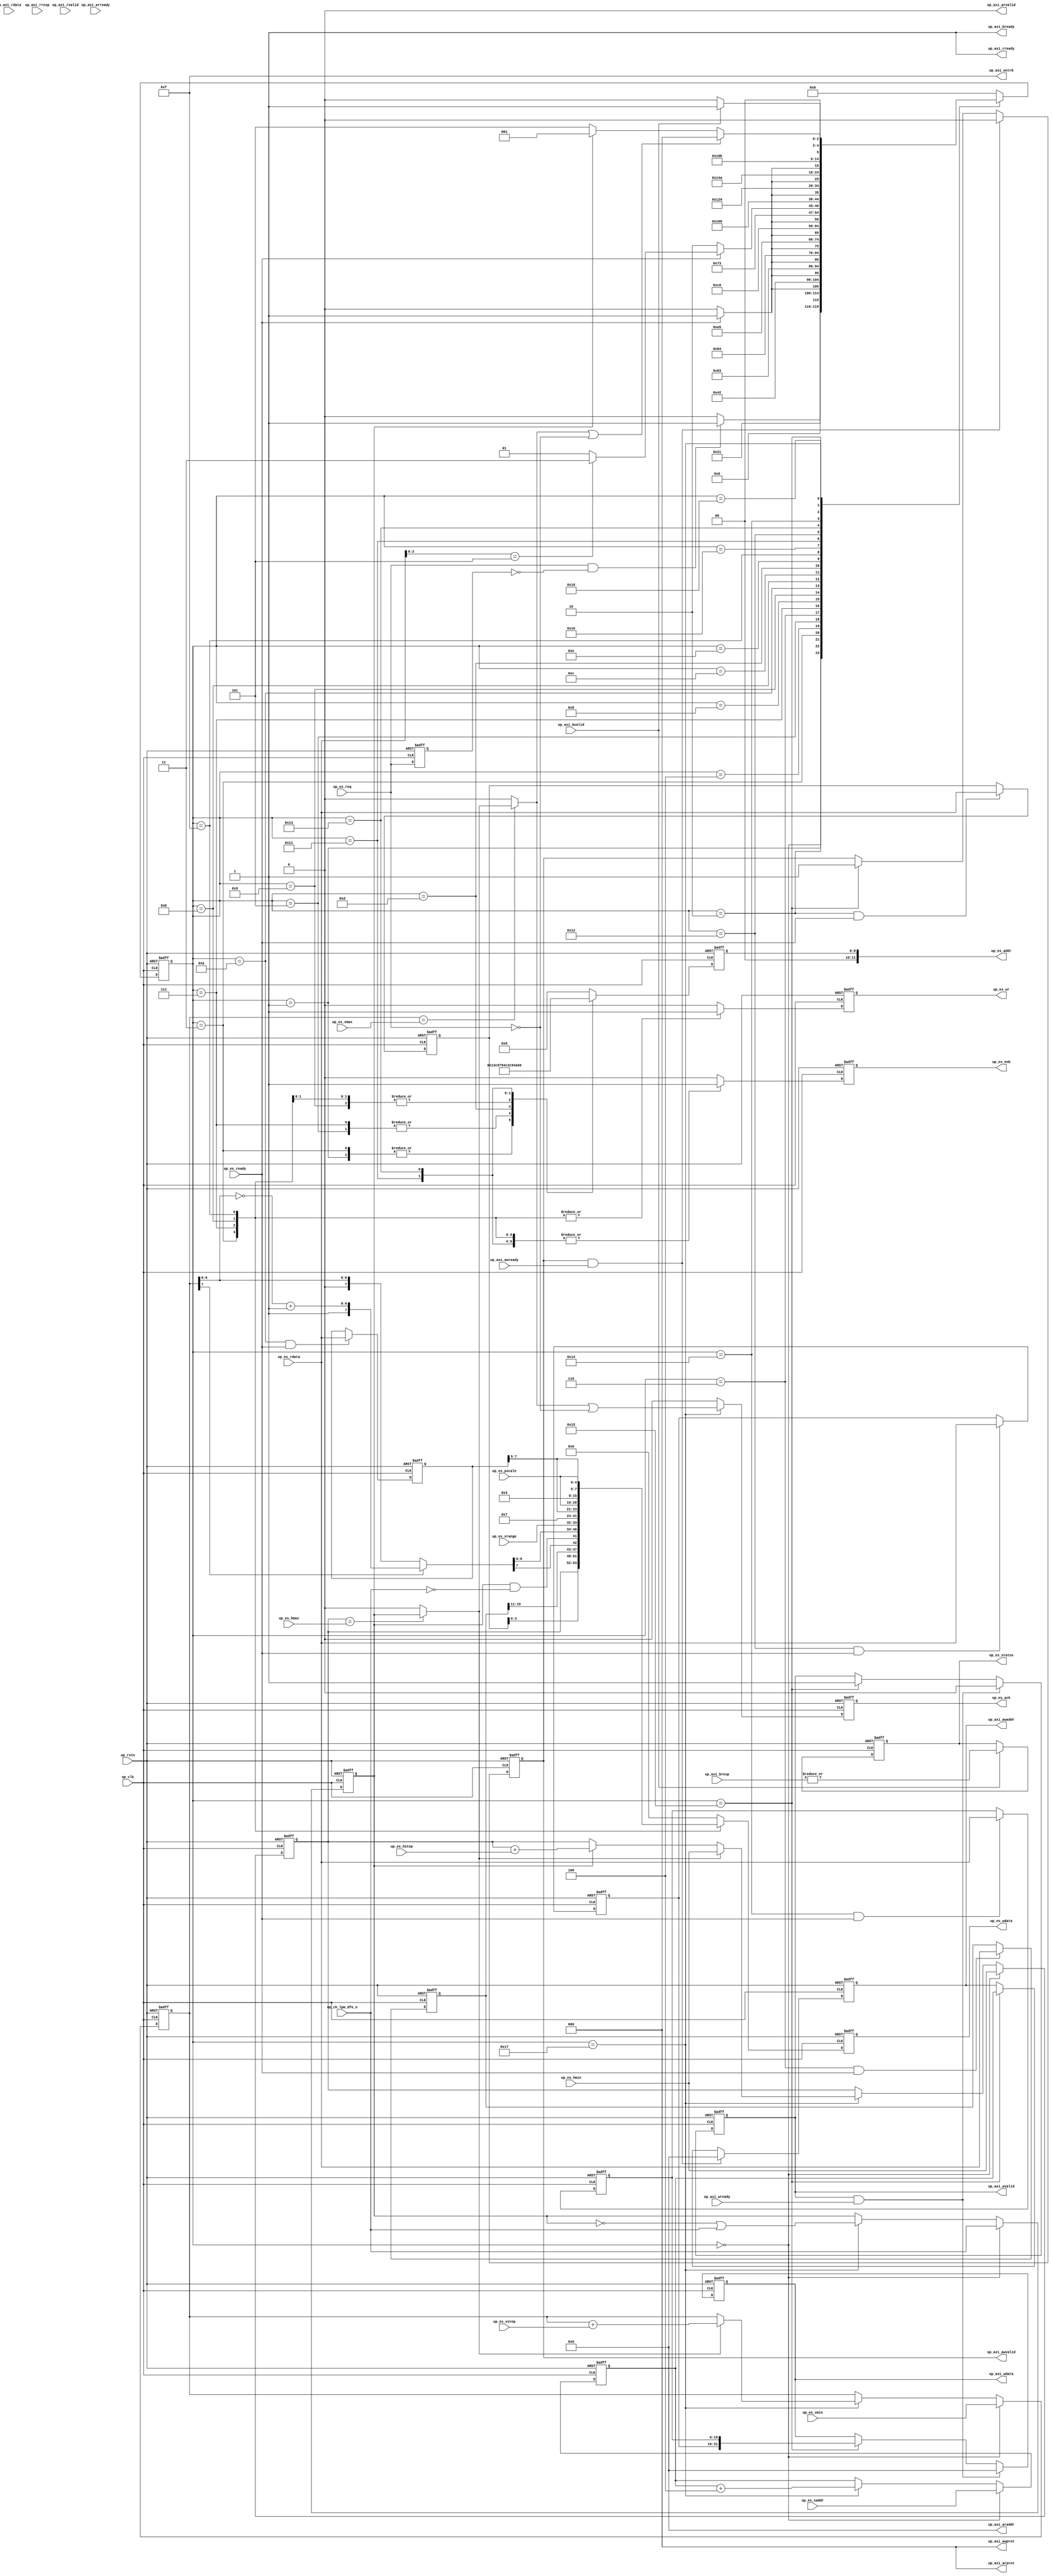
// ***************************************************************************
// ***************************************************************************
// Copyright (C) 2014-2023 Analog Devices, Inc. All rights reserved.
//
// In this HDL repository, there are many different and unique modules, consisting
// of various HDL (Verilog or VHDL) components. The individual modules are
// developed independently, and may be accompanied by separate and unique license
// terms.
//
// The user should read each of these license terms, and understand the
// freedoms and responsibilities that he or she has by using this source/core.
//
// This core is distributed in the hope that it will be useful, but WITHOUT ANY
// WARRANTY; without even the implied warranty of MERCHANTABILITY or FITNESS FOR
// A PARTICULAR PURPOSE.
//
// Redistribution and use of source or resulting binaries, with or without modification
// of this file, are permitted under one of the following two license terms:
//
//   1. The GNU General Public License version 2 as published by the
//      Free Software Foundation, which can be found in the top level directory
//      of this repository (LICENSE_GPL2), and also online at:
//      <https://www.gnu.org/licenses/old-licenses/gpl-2.0.html>
//
// OR
//
//   2. An ADI specific BSD license, which can be found in the top level directory
//      of this repository (LICENSE_ADIBSD), and also on-line at:
//      https://github.com/analogdevicesinc/hdl/blob/master/LICENSE_ADIBSD
//      This will allow to generate bit files and not release the source code,
//      as long as it attaches to an ADI device.
//
// ***************************************************************************
// ***************************************************************************

`timescale 1ns/100ps

module axi_adxcvr_es (

  // up interface

  input           up_rstn,
  input           up_clk,
  output          up_es_enb,
  output  [11:0]  up_es_addr,
  output          up_es_wr,
  output  [15:0]  up_es_wdata,
  input   [15:0]  up_es_rdata,
  input           up_es_ready,
  input           up_ch_lpm_dfe_n,
  input           up_es_req,
  output          up_es_ack,
  input   [ 4:0]  up_es_pscale,
  input   [ 1:0]  up_es_vrange,
  input   [ 7:0]  up_es_vstep,
  input   [ 7:0]  up_es_vmax,
  input   [ 7:0]  up_es_vmin,
  input   [11:0]  up_es_hmax,
  input   [11:0]  up_es_hmin,
  input   [11:0]  up_es_hstep,
  input   [31:0]  up_es_saddr,
  output          up_es_status,

  // axi interface

  output          up_axi_awvalid,
  output  [31:0]  up_axi_awaddr,
  output  [ 2:0]  up_axi_awprot,
  input           up_axi_awready,
  output          up_axi_wvalid,
  output  [31:0]  up_axi_wdata,
  output  [ 3:0]  up_axi_wstrb,
  input           up_axi_wready,
  input           up_axi_bvalid,
  input   [ 1:0]  up_axi_bresp,
  output          up_axi_bready,
  output          up_axi_arvalid,
  output  [31:0]  up_axi_araddr,
  output  [ 2:0]  up_axi_arprot,
  input           up_axi_arready,
  input           up_axi_rvalid,
  input   [31:0]  up_axi_rdata,
  input   [ 1:0]  up_axi_rresp,
  output          up_axi_rready
);

  // parameters

  parameter   integer XCVR_TYPE = 0;
  parameter   integer TX_OR_RX_N = 0;

  // local parameters

  localparam GTXE2 = 2;
  localparam GTHE3 = 5;
  localparam GTHE4 = 8;
  localparam GTYE4 = 9;

  // addresses

  localparam  [11:0]  ES_DRP_CTRL_ADDR    = (XCVR_TYPE == GTXE2) ? 12'h03d : (XCVR_TYPE == GTHE3) ? 12'h03c : 12'h03c;
  localparam  [11:0]  ES_DRP_HOFFSET_ADDR = (XCVR_TYPE == GTXE2) ? 12'h03c : (XCVR_TYPE == GTHE3) ? 12'h04f : 12'h04f;
  localparam  [11:0]  ES_DRP_VOFFSET_ADDR = (XCVR_TYPE == GTXE2) ? 12'h03b : (XCVR_TYPE == GTHE3) ? 12'h097 : 12'h097;
  localparam  [11:0]  ES_DRP_STATUS_ADDR  = (XCVR_TYPE == GTXE2) ? 12'h151 : (XCVR_TYPE == GTHE3) ? 12'h153 : 12'h253;
  localparam  [11:0]  ES_DRP_SCNT_ADDR    = (XCVR_TYPE == GTXE2) ? 12'h150 : (XCVR_TYPE == GTHE3) ? 12'h152 : 12'h252;
  localparam  [11:0]  ES_DRP_ECNT_ADDR    = (XCVR_TYPE == GTXE2) ? 12'h14f : (XCVR_TYPE == GTHE3) ? 12'h151 : 12'h251;

  // fsm-states

  localparam  [ 4:0]  ES_FSM_IDLE             = 6'h00;
  localparam  [ 4:0]  ES_FSM_HOFFSET_READ     = 6'h01;
  localparam  [ 4:0]  ES_FSM_HOFFSET_RRDY     = 6'h02;
  localparam  [ 4:0]  ES_FSM_HOFFSET_WRITE    = 6'h03;
  localparam  [ 4:0]  ES_FSM_HOFFSET_WRDY     = 6'h04;
  localparam  [ 4:0]  ES_FSM_VOFFSET_READ     = 6'h05;
  localparam  [ 4:0]  ES_FSM_VOFFSET_RRDY     = 6'h06;
  localparam  [ 4:0]  ES_FSM_VOFFSET_WRITE    = 6'h07;
  localparam  [ 4:0]  ES_FSM_VOFFSET_WRDY     = 6'h08;
  localparam  [ 4:0]  ES_FSM_CTRL_READ        = 6'h09;
  localparam  [ 4:0]  ES_FSM_CTRL_RRDY        = 6'h0a;
  localparam  [ 4:0]  ES_FSM_START_WRITE      = 6'h0b;
  localparam  [ 4:0]  ES_FSM_START_WRDY       = 6'h0c;
  localparam  [ 4:0]  ES_FSM_STATUS_READ      = 6'h0d;
  localparam  [ 4:0]  ES_FSM_STATUS_RRDY      = 6'h0e;
  localparam  [ 4:0]  ES_FSM_STOP_WRITE       = 6'h0f;
  localparam  [ 4:0]  ES_FSM_STOP_WRDY        = 6'h10;
  localparam  [ 4:0]  ES_FSM_SCNT_READ        = 6'h11;
  localparam  [ 4:0]  ES_FSM_SCNT_RRDY        = 6'h12;
  localparam  [ 4:0]  ES_FSM_ECNT_READ        = 6'h13;
  localparam  [ 4:0]  ES_FSM_ECNT_RRDY        = 6'h14;
  localparam  [ 4:0]  ES_FSM_AXI_WRITE        = 6'h15;
  localparam  [ 4:0]  ES_FSM_AXI_READY        = 6'h16;
  localparam  [ 4:0]  ES_FSM_UPDATE           = 6'h17;

  // internal registers

  reg             up_awvalid = 'd0;
  reg     [31:0]  up_awaddr = 'd0;
  reg             up_wvalid = 'd0;
  reg     [31:0]  up_wdata = 'd0;
  reg             up_status = 'd0;
  reg             up_ut = 'd0;
  reg     [31:0]  up_daddr = 'd0;
  reg     [11:0]  up_hindex = 'd0;
  reg     [ 7:0]  up_vindex = 'd0;
  reg     [15:0]  up_hdata = 'd0;
  reg     [15:0]  up_vdata = 'd0;
  reg     [15:0]  up_cdata = 'd0;
  reg     [15:0]  up_sdata = 'd0;
  reg     [15:0]  up_edata = 'd0;
  reg             up_req_d = 'd0;
  reg             up_ack = 'd0;
  reg     [ 4:0]  up_fsm = 'd0;
  reg             up_enb = 'd0;
  reg     [11:0]  up_addr = 'd0;
  reg             up_wr = 'd0;
  reg     [15:0]  up_data = 'd0;

  // internal signals

  wire            up_heos_s;
  wire            up_eos_s;
  wire            up_ut_s;
  wire    [ 7:0]  up_vindex_m_s;
  wire    [ 7:0]  up_vindex_n_s;
  wire    [ 7:0]  up_vindex_s;
  wire            up_start_s;

  // axi interface

  generate
  if (TX_OR_RX_N == 1) begin
  assign up_axi_awvalid = 1'b0;
  assign up_axi_awaddr = 32'd0;
  assign up_axi_awprot = 3'd0;
  assign up_axi_wvalid = 1'b0;
  assign up_axi_wdata = 32'd0;
  assign up_axi_wstrb = 4'hf;
  assign up_axi_bready = 1'b1;
  assign up_axi_arvalid = 1'b0;
  assign up_axi_araddr = 32'd0;
  assign up_axi_arprot = 3'd0;
  assign up_axi_rready = 1'b1;
  end else begin
  assign up_axi_awvalid = up_awvalid;
  assign up_axi_awaddr = up_awaddr;
  assign up_axi_awprot = 3'd0;
  assign up_axi_wvalid = up_wvalid;
  assign up_axi_wdata = up_wdata;
  assign up_axi_wstrb = 4'hf;
  assign up_axi_bready = 1'b1;
  assign up_axi_arvalid = 1'b0;
  assign up_axi_araddr = 32'd0;
  assign up_axi_arprot = 3'd0;
  assign up_axi_rready = 1'b1;
  end
  endgenerate

  // reconfig interface

  generate
  if (TX_OR_RX_N == 1) begin
  assign up_es_ack = 1'b1;
  assign up_es_enb = 1'b0;
  assign up_es_addr = 12'd0;
  assign up_es_wr = 1'd0;
  assign up_es_wdata = 16'd0;
  assign up_es_status = 1'd0;
  end else begin
  assign up_es_ack = up_ack;
  assign up_es_enb = up_enb;
  assign up_es_addr = up_addr;
  assign up_es_wr = up_wr;
  assign up_es_wdata = up_data;
  assign up_es_status = up_status;
  end
  endgenerate

  // axi write

  always @(negedge up_rstn or posedge up_clk) begin
    if (up_rstn == 0) begin
      up_awvalid <= 'b0;
      up_awaddr <= 'd0;
      up_wvalid <= 'b0;
      up_wdata <= 'd0;
      up_status <= 'd0;
    end else begin
      if ((up_awvalid == 1'b1) && (up_axi_awready == 1'b1)) begin
        up_awvalid <= 1'b0;
        up_awaddr <= 32'd0;
      end else if (up_fsm == ES_FSM_AXI_WRITE) begin
        up_awvalid <= 1'b1;
        up_awaddr <= up_daddr;
      end
      if ((up_wvalid == 1'b1) && (up_axi_wready == 1'b1)) begin
        up_wvalid <= 1'b0;
        up_wdata <= 32'd0;
      end else if (up_fsm == ES_FSM_AXI_WRITE) begin
        up_wvalid <= 1'b1;
        up_wdata <= {up_sdata, up_edata};
      end
      if (up_axi_bvalid == 1'b1) begin
        up_status <= | up_axi_bresp;
      end
    end
  end

  // prescale, horizontal and vertical offsets

  assign up_heos_s = (up_hindex == up_es_hmax) ? up_ut : 1'b0;
  assign up_eos_s = (up_vindex == up_es_vmax) ? up_heos_s : 1'b0;

  assign up_ut_s = up_ut & ~up_ch_lpm_dfe_n;
  assign up_vindex_m_s = ~up_vindex + 1'b1;
  assign up_vindex_n_s = {1'b1, up_vindex_m_s[6:0]};
  assign up_vindex_s = (up_vindex[7] == 1'b1) ? up_vindex_n_s : up_vindex;

  always @(negedge up_rstn or posedge up_clk) begin
    if (up_rstn == 1'b0) begin
      up_ut <= 'd0;
      up_daddr <= 'd0;
      up_hindex <= 'd0;
      up_vindex <= 'd0;
    end else begin
      if (up_fsm == ES_FSM_IDLE) begin
        up_ut <= up_ch_lpm_dfe_n;
        up_daddr <= up_es_saddr;
        up_hindex <= up_es_hmin;
        up_vindex <= up_es_vmin;
      end else if (up_fsm == ES_FSM_UPDATE) begin
        up_ut <= ~up_ut | up_ch_lpm_dfe_n;
        up_daddr <= up_daddr + 3'd4;
        if (up_heos_s == 1'b1) begin
          up_hindex <= up_es_hmin;
        end else if (up_ut == 1'b1) begin
          up_hindex <= up_hindex + up_es_hstep;
        end
        if (up_heos_s == 1'b1) begin
          up_vindex <= up_vindex + up_es_vstep;
        end
      end
    end
  end

  // read-modify-write

  always @(negedge up_rstn or posedge up_clk) begin
    if (up_rstn == 1'b0) begin
      up_hdata <= 'd0;
      up_vdata <= 'd0;
      up_cdata <= 'd0;
      up_sdata <= 'd0;
      up_edata <= 'd0;
    end else begin
      if ((up_fsm == ES_FSM_HOFFSET_RRDY) && (up_es_ready == 1'b1)) begin
        up_hdata <= up_es_rdata;
      end
      if ((up_fsm == ES_FSM_VOFFSET_RRDY) && (up_es_ready == 1'b1)) begin
        up_vdata <= up_es_rdata;
      end
      if ((up_fsm == ES_FSM_CTRL_RRDY) && (up_es_ready == 1'b1)) begin
        up_cdata <= up_es_rdata;
      end
      if ((up_fsm == ES_FSM_SCNT_RRDY) && (up_es_ready == 1'b1)) begin
        up_sdata <= up_es_rdata;
      end
      if ((up_fsm == ES_FSM_ECNT_RRDY) && (up_es_ready == 1'b1)) begin
        up_edata <= up_es_rdata;
      end
    end
  end

  // request, start and ack

  assign up_start_s = up_es_req & ~up_req_d;

  always @(negedge up_rstn or posedge up_clk) begin
    if (up_rstn == 1'b0) begin
      up_req_d <= 1'b0;
      up_ack <= 1'b0;
    end else begin
      up_req_d <= up_es_req;
      if (up_fsm == ES_FSM_UPDATE) begin
        up_ack <= up_eos_s | ~up_es_req;
      end else begin
        up_ack <= 1'b0;
      end
    end
  end

  // es-fsm

  always @(negedge up_rstn or posedge up_clk) begin
    if (up_rstn == 1'b0) begin
      up_fsm <= ES_FSM_IDLE;
    end else begin
      case (up_fsm)
        ES_FSM_IDLE: begin
          if (up_start_s == 1'b1) begin
            up_fsm <= ES_FSM_HOFFSET_READ;
          end else begin
            up_fsm <= ES_FSM_IDLE;
          end
        end
        ES_FSM_HOFFSET_READ: begin
          up_fsm <= ES_FSM_HOFFSET_RRDY;
        end
        ES_FSM_HOFFSET_RRDY: begin
          if (up_es_ready == 1'b1) begin
            up_fsm <= ES_FSM_HOFFSET_WRITE;
          end else begin
            up_fsm <= ES_FSM_HOFFSET_RRDY;
          end
        end
        ES_FSM_HOFFSET_WRITE: begin
          up_fsm <= ES_FSM_HOFFSET_WRDY;
        end
        ES_FSM_HOFFSET_WRDY: begin
          if (up_es_ready == 1'b1) begin
            up_fsm <= ES_FSM_VOFFSET_READ;
          end else begin
            up_fsm <= ES_FSM_HOFFSET_WRDY;
          end
        end
        ES_FSM_VOFFSET_READ: begin
          up_fsm <= ES_FSM_VOFFSET_RRDY;
        end
        ES_FSM_VOFFSET_RRDY: begin
          if (up_es_ready == 1'b1) begin
            up_fsm <= ES_FSM_VOFFSET_WRITE;
          end else begin
            up_fsm <= ES_FSM_VOFFSET_RRDY;
          end
        end
        ES_FSM_VOFFSET_WRITE: begin
          up_fsm <= ES_FSM_VOFFSET_WRDY;
        end
        ES_FSM_VOFFSET_WRDY: begin
          if (up_es_ready == 1'b1) begin
            up_fsm <= ES_FSM_CTRL_READ;
          end else begin
            up_fsm <= ES_FSM_VOFFSET_WRDY;
          end
        end
        ES_FSM_CTRL_READ: begin
          up_fsm <= ES_FSM_CTRL_RRDY;
        end
        ES_FSM_CTRL_RRDY: begin
          if (up_es_ready == 1'b1) begin
            up_fsm <= ES_FSM_START_WRITE;
          end else begin
            up_fsm <= ES_FSM_CTRL_RRDY;
          end
        end
        ES_FSM_START_WRITE: begin
          up_fsm <= ES_FSM_START_WRDY;
        end
        ES_FSM_START_WRDY: begin
          if (up_es_ready == 1'b1) begin
            up_fsm <= ES_FSM_STATUS_READ;
          end else begin
            up_fsm <= ES_FSM_START_WRDY;
          end
        end
        ES_FSM_STATUS_READ: begin
          up_fsm <= ES_FSM_STATUS_RRDY;
        end
        ES_FSM_STATUS_RRDY: begin
          if (up_es_ready == 1'b0) begin
            up_fsm <= ES_FSM_STATUS_RRDY;
          end else if (up_es_rdata[3:0] == 4'b0101) begin
            up_fsm <= ES_FSM_STOP_WRITE;
          end else begin
            up_fsm <= ES_FSM_STATUS_READ;
          end
        end
        ES_FSM_STOP_WRITE: begin
          up_fsm <= ES_FSM_STOP_WRDY;
        end
        ES_FSM_STOP_WRDY: begin
          if (up_es_ready == 1'b1) begin
            up_fsm <= ES_FSM_SCNT_READ;
          end else begin
            up_fsm <= ES_FSM_STOP_WRDY;
          end
        end
        ES_FSM_SCNT_READ: begin
          up_fsm <= ES_FSM_SCNT_RRDY;
        end
        ES_FSM_SCNT_RRDY: begin
          if (up_es_ready == 1'b1) begin
            up_fsm <= ES_FSM_ECNT_READ;
          end else begin
            up_fsm <= ES_FSM_SCNT_RRDY;
          end
        end
        ES_FSM_ECNT_READ: begin
          up_fsm <= ES_FSM_ECNT_RRDY;
        end
        ES_FSM_ECNT_RRDY: begin
          if (up_es_ready == 1'b1) begin
            up_fsm <= ES_FSM_AXI_WRITE;
          end else begin
            up_fsm <= ES_FSM_ECNT_RRDY;
          end
        end
        ES_FSM_AXI_WRITE: begin
          up_fsm <= ES_FSM_AXI_READY;
        end
        ES_FSM_AXI_READY: begin
          if (up_axi_bvalid == 1'b1) begin
            up_fsm <= ES_FSM_UPDATE;
          end else begin
            up_fsm <= ES_FSM_AXI_READY;
          end
        end
        ES_FSM_UPDATE: begin
          if ((up_eos_s == 1'b1) || (up_es_req == 1'b0)) begin
            up_fsm <= ES_FSM_IDLE;
          end else if (up_ut == 1'b1) begin
            up_fsm <= ES_FSM_HOFFSET_READ;
          end else begin
            up_fsm <= ES_FSM_VOFFSET_READ;
          end
        end
        default: begin
          up_fsm <= ES_FSM_IDLE;
        end
      endcase
    end
  end

  // channel access

  always @(negedge up_rstn or posedge up_clk) begin
    if (up_rstn == 1'b0) begin
      up_enb <= 'd0;
      up_addr <= 'd0;
      up_wr <= 'd0;
      up_data <= 'd0;
    end else begin
      case (up_fsm)
        ES_FSM_HOFFSET_READ: begin
          up_enb <= 1'b1;
          up_addr <= ES_DRP_HOFFSET_ADDR;
          up_wr <= 1'b0;
          up_data <= 16'h0000;
        end
        ES_FSM_HOFFSET_WRITE: begin
          up_enb <= 1'b1;
          up_addr <= ES_DRP_HOFFSET_ADDR;
          up_wr <= 1'b1;
          if (XCVR_TYPE != GTXE2) begin
          up_data <= {up_hindex, up_hdata[3:0]};
          end else begin
          up_data <= {up_hdata[15:12], up_hindex};
          end
        end
        ES_FSM_VOFFSET_READ: begin
          up_enb <= 1'b1;
          up_addr <= ES_DRP_VOFFSET_ADDR;
          up_wr <= 1'b0;
          up_data <= 16'h0000;
        end
        ES_FSM_VOFFSET_WRITE: begin
          up_enb <= 1'b1;
          up_addr <= ES_DRP_VOFFSET_ADDR;
          up_wr <= 1'b1;
          if (XCVR_TYPE != GTXE2) begin
          up_data <= {up_vdata[15:11], up_vindex_s[7], up_ut_s, up_vindex_s[6:0], up_es_vrange};
          end else begin
          up_data <= {up_es_pscale, up_vdata[10:9], up_ut_s, up_vindex_s};
          end
        end
        ES_FSM_CTRL_READ: begin
          up_enb <= 1'b1;
          up_addr <= ES_DRP_CTRL_ADDR;
          up_wr <= 1'b0;
          up_data <= 16'h0000;
        end
        ES_FSM_START_WRITE: begin
          up_enb <= 1'b1;
          up_addr <= ES_DRP_CTRL_ADDR;
          up_wr <= 1'b1;
          if (XCVR_TYPE != GTXE2) begin
          up_data <= {6'd1, 2'b11, up_cdata[7:5], up_es_pscale};
          end else begin
          up_data <= {up_cdata[15:10], 2'b11, up_cdata[7:6], 6'd1};
          end
        end
        ES_FSM_STATUS_READ: begin
          up_enb <= 1'b1;
          up_addr <= ES_DRP_STATUS_ADDR;
          up_wr <= 1'b0;
          up_data <= 16'h0000;
        end
        ES_FSM_STOP_WRITE: begin
          up_enb <= 1'b1;
          up_addr <= ES_DRP_CTRL_ADDR;
          up_wr <= 1'b1;
          if (XCVR_TYPE != GTXE2) begin
          up_data <= {6'd0, 2'b11, up_cdata[7:5], up_es_pscale};
          end else begin
          up_data <= {up_cdata[15:10], 2'b11, up_cdata[7:6], 6'd0};
          end
        end
        ES_FSM_SCNT_READ: begin
          up_enb <= 1'b1;
          up_addr <= ES_DRP_SCNT_ADDR;
          up_wr <= 1'b0;
          up_data <= 16'h0000;
        end
        ES_FSM_ECNT_READ: begin
          up_enb <= 1'b1;
          up_addr <= ES_DRP_ECNT_ADDR;
          up_wr <= 1'b0;
          up_data <= 16'h0000;
        end
        default: begin
          up_enb <= 1'b0;
          up_addr <= 9'h000;
          up_wr <= 1'b0;
          up_data <= 16'h0000;
        end
      endcase
    end
  end

endmodule